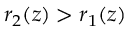
r _ { 2 } ( z ) > r _ { 1 } ( z )